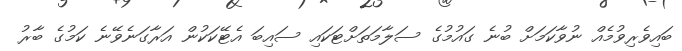
ބައިވެރިވުމެއް ނުވާކަމަށް ބުނެ ގައުމުގެ ސަލާމަތަށްޓަކައި ސައިބަ އެޓޭކަކުން އަރާގަނެވޭނެ ކަމުގެ ބާރު